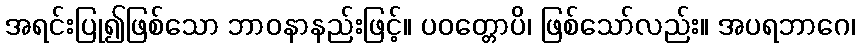
အရင်းပြု၍ဖြစ်သော ဘာဝနာနည်းဖြင့်။ ပဝတ္တောပိ၊ ဖြစ်သော်လည်း။ အပရဘာဂေ၊